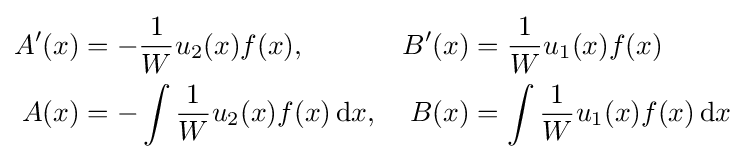
{\begin{aligned}A'(x)&=-{1 \over W}u_{2}(x)f(x),&B'(x)&={1 \over W}u_{1}(x)f(x)\\A(x)&=-\int {1 \over W}u_{2}(x)f(x)\,\mathrm {d} x,&B(x)&=\int {1 \over W}u_{1}(x)f(x)\,\mathrm {d} x\end{aligned}}